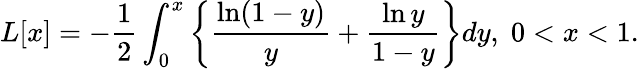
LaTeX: L[x]=-\frac{1}{2}\int_{0}^{x}\left\{ \frac{\ln(1-y)}{y}+\frac{\ln y}{1-y}\right\} dy,\; 0<x<1.